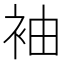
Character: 袖